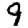
Digit: 9